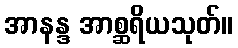
အာနန္ဒ အာစ္ဆရိယသုတ်။